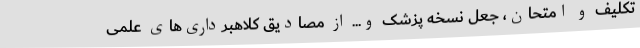
تکلیف و امتحان، جعل نسخه پزشک و... از مصادیق کلاهبرداری‌های علمی